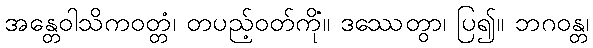
အန္တေဝါသိကဝတ္တံ၊ တပည့်ဝတ်ကို။ ဒဿေတွာ၊ ပြ၍။ ဘဂဝန္တံ၊